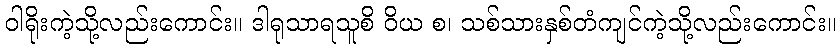
ဝါရိုးကဲ့သို့လည်းကောင်း။ ဒါရုသာရသူစိ ဝိယ စ၊ သစ်သားနှစ်တံကျင်ကဲ့သို့လည်းကောင်း။